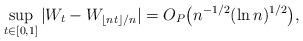
LaTeX: \begin{align*}\sup_{t\in [0,1]} |W_t - W_{\lfloor nt\rfloor/n}| =O_P \big(n^{-1/2}(\ln n)^{1/2}\big),\end{align*}